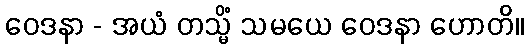
ဝေဒနာ - အယံ တသ္မိံ သမယေ ဝေဒနာ ဟောတိ။